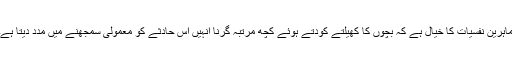
ماہرین نفسیات کا خیال ہے کہ بچوں کا کھیلتے کودتے ہوئے کچھ مرتبہ گرنا انہیں اس حادثے کو معمولی سمجھنے میں مدد دیتا ہے۔